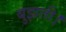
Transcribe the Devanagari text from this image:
बुझती।